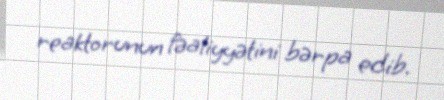
reaktorunun fəaliyyətini bərpa edib.